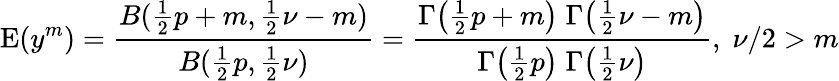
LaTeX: \operatorname{E}(y^{m})={\frac{B({\frac{1}{2}}p+m,{\frac{1}{2}}\nu-m)}{B({\frac{1}{2}}p,{\frac{1}{2}}\nu)}}={\frac{\Gamma{\big(}{\frac{1}{2}}p+m{\big)}\; \Gamma{\big(}{\frac{1}{2}}\nu-m{\big)}}{\Gamma{\big(}{\frac{1}{2}}p{\big)}\; \Gamma{\big(}{\frac{1}{2}}\nu{\big)}}},\; \nu/2>m